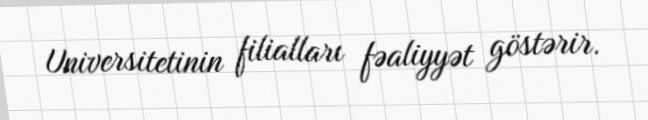
Universitetinin filialları fəaliyyət göstərir.